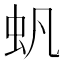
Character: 䖠